Annual administration report of the Bombay Presidency - 1887-1892
Year: 1887
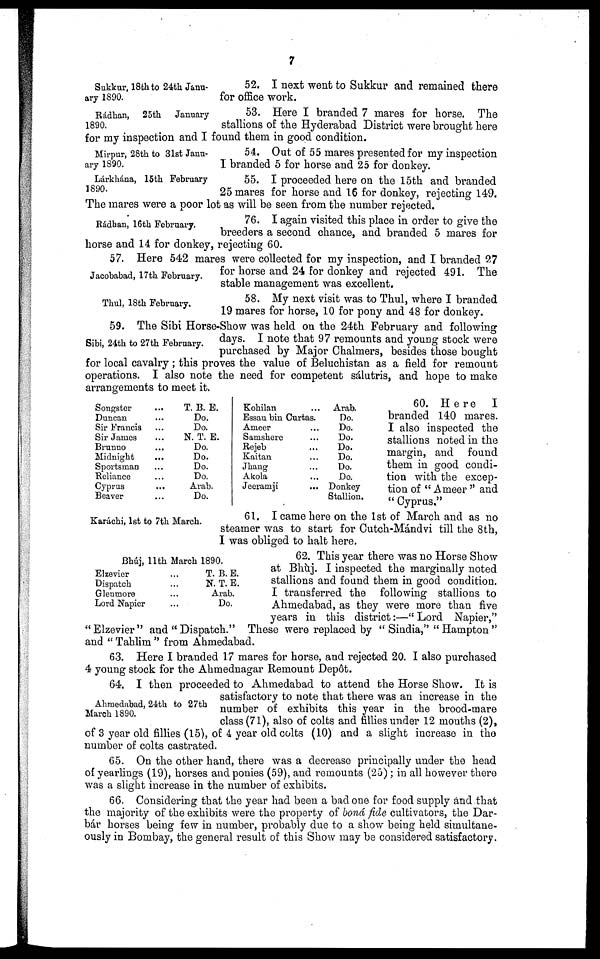
7
Sukkur, 18th to 24th Janu-
ary 1890.
52. I next went to Sukkur and remained there
for office work.
Rádhan, 25th
January
1890.
53. Here I branded 7 mares for horse. The
stallions of the Hyderabad District were brought here
for my inspection and I found them in good condition.
Mirpur, 28th to 31st Janu-
ary 1890.
54. Out of 55 mares presented for my inspection
I branded 5 for horse and 25 for donkey.
Lárkhána, 15th February
1890.
55. I proceeded here on the 15th and branded
25 mares for horse and 16 for donkey, rejecting 149.
The mares were a poor lot as will be seen from the number rejected.
Rádhan, 16th February.
76. I again visited this place in order to give the
breeders a second chance, and branded 5 mares for
horse and 14 for donkey, rejecting 60.
Jacobabad, 17th February.
57. Here 542 mares were collected for my inspection, and I branded 27
for horse and 24 for donkey and rejected 491. The
stable management was excellent.
Thul, 18th February.
58. My next visit was to Thul, where I branded
19 mares for horse, 10 for pony and 48 for donkey.
Sibi, 24th to 27th February.
59. The Sibi Horse-Show was held on the 24th February and following
days. I note that 97 remounts and young stock were
purchased by Major Chalmers, besides those bought
for local cavalry; this proves the value of Beluchistan as a field for remount
operations. I also note the need for competent sálutris, and hope to make
arrangements to meet it.
Songster ...
Duncan ...
Sir Francis ...
Sir James ...
Brunno ...
Midnight ...
Sportsman ...
Reliance ...
Cyprus ...
Beaver ...
T. B. E.
Do.
Do.
N. T. E.
Do.
Do.
Do.
Do.
Arab.
Do.
Kohilan ...
Essau bin Curtas.
Ameer ...
Samshere ...
Rejeb ...
Kaitan ...
Jhang ...
Akola ...
Jeeramji ...
Arab.
Do.
Do.
Do.
Do.
Do.
Do.
Do.
Donkey
Stallion.
60. Here
I
branded 140 mares.
I also inspected the
stallions noted in the
margin, and found
them in good condi-
tion with the excep-
tion of "Ameer" and
"Cyprus."
Karáchi, 1st to 7th March.
61. I came here on the 1st of March and as no
steamer was to start for Cutch-Mándvi till the 8th,
I was obliged to halt here.
Bhúj, 11th March 1890.
Elzevier
...
Dispatch ...
Glenmore
...
Lord Napier
...
T. B. E.
N. T. E.
Arab.
Do.
62. This year there was no Horse Show
at Bhùj. I inspected the marginally noted
stallions and found them in good condition.
I transferred the following stallions to
Ahmedabad, as they were more than five
years in this district:—"Lord Napier,"
"Elzevier" and "Dispatch." These were replaced by "Sindia," "Hampton"
and "Tahlim" from Ahmedabad.
63. Here I branded 17 mares for horse, and rejected 20. I also purchased
4 young stock for the Ahmednagar Remount Depôt.
Ahmedabad, 24th to 27th
March 1890.
64. I then proceeded to Ahmedabad to attend the Horse Show. It is
satisfactory to note that there was an increase in the
number of exhibits this year in the brood-mare
class (71), also of colts and fillies under 12 months (2),
of 3 year old fillies (15), of 4 year old colts (10) and a slight increase in the
number of colts castrated.
65. On the other hand, there was a decrease principally under the head
of yearlings (19), horses and ponies (59), and remounts (25); in all however there
was a slight increase in the number of exhibits.
66. Considering that the year had been a bad one for food supply and that
the majority of the exhibits were the property of bonâ fide cultivators, the Dar-
bár horses being few in number, probably due to a show being held simultane-
ously in Bombay, the general result of this Show may be considered satisfactory.